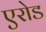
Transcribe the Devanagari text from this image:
एरोड